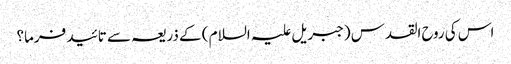
اس کی روح القدس (جبریل علیہ السلام ) کے ذریعہ سے تائید فرما؟